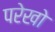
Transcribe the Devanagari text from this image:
परेखो